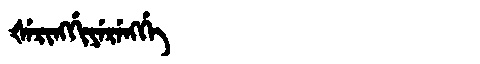
Manchu: ᡧᡝᡵᡳᠩᡤᡳᠶᡝᡵᡝᠩᡤᡝ
Romanization: ŠERINGGIYERENGGE